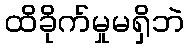
ထိခိုက်မှုမရှိဘဲ